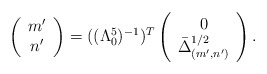
\begin{align*}\left(\begin{array}{c} m'\\ n' \end{array} \right) = ((\Lambda_0^5)^{-1})^T \left(\begin{array}{c} 0 \\ \bar{\Delta}_{(m',n')}^{1/2} \end{array} \right).\end{align*}